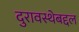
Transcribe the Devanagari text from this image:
दुरावस्थेबद्दल